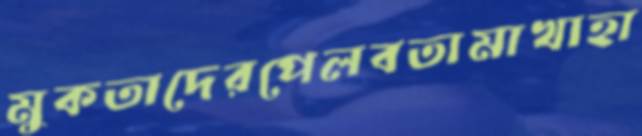
মুকতাদেরপেলবতামাখাহা